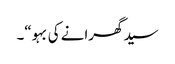
سید گھرانے کی بہو“۔